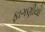
ફાગણીયો